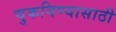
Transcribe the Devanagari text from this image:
चुकविण्यासाठी